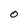
Character: 0